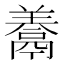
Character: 𩱁